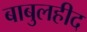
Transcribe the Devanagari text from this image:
बाबुलहीद